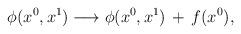
LaTeX: \begin{align*}\phi (x^{0},x^{1}) \longrightarrow \phi (x^{0},x^{1})\,+\,f(x^{0}), \end{align*}